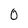
Character: 0